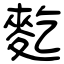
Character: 麧